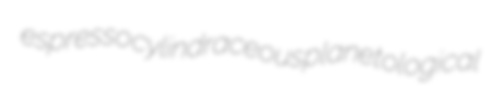
espresso cylindraceous planetological